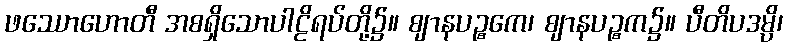
ဖဿောဟောတီ အစရှိသောပါဠိရပ်တို့၌။ ဈာနပဉ္စကေ၊ ဈာနပဉ္စက၌။ ပီတိပဒမ္ပိ၊